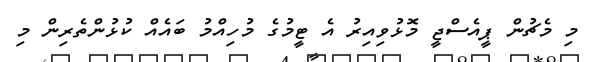
މި މެޗުން ޕީއެސްޖީ މޮޅުވިއިރު އެ ޓީމުގެ މުހިއްމު ބައެއް ކުޅުންތެރިން މި